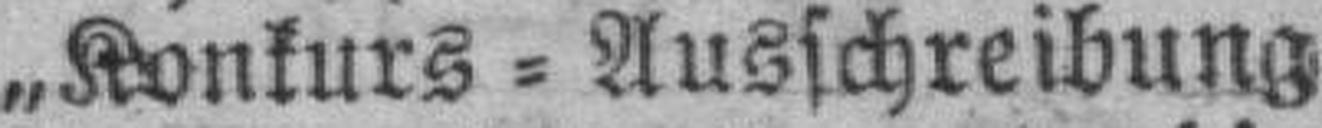
„Konkurs = Ausschreibung